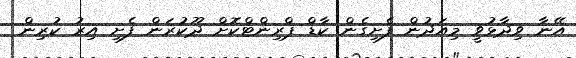
އޭނާ ވިދާޅުވީ މިއަދުން ފެށިގެން ކާޑް ޕްރިންޓްކޮށް ދޫކުރަން ފެށި އިރު ކުރިން